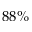
8 8 \%